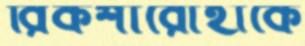
রিকশারোহীকে